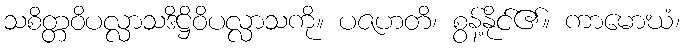
သစိတ္တဝိပလ္လာသဒိဋ္ဌိဝိပလ္လာသကို။ ပဇဟတိ၊ စွန့်နိုင်၏။ ကာမောဃံ၊